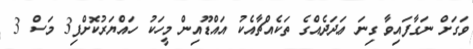
ވަގަށް ނަގާފައިވާ ގިނަ ޢަދަދެއްގެ ތަކެއްޗާއެކު އައްޑޫއިން މީހަކު ހައްޔަރުކޮށްފި3 މަސް 3